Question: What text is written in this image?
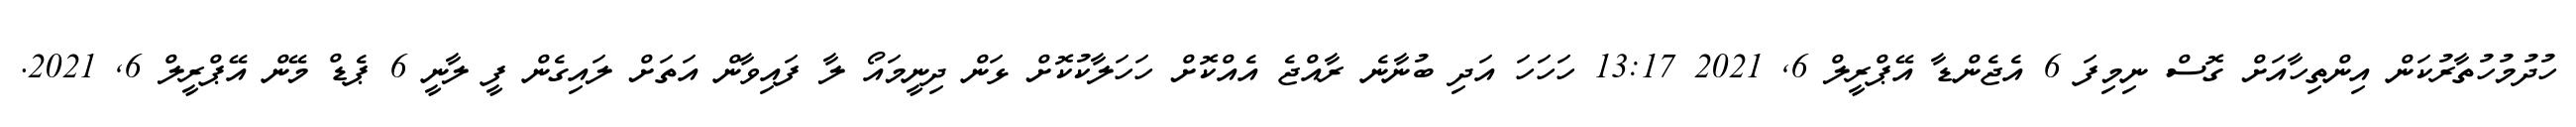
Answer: ހުދުމުހުތާރުކަން އިންތިހާއަށް ގޮސް ނިމިފަ 6 އެޖެންޑާ އޭޕްރީލް 6, 2021 13:17 ހަހަހަ އަދި ބުނާނެ ރާއްޖެ އެއްކޮށް ހަހަލާކުކޮށް ޅަން ދިނީމައޯ ލާ ފައިވާން އަތަށް ލައިގެން ފީ ލާނީ 6 ޕެޑް މޭން އޭޕްރީލް 6, 2021.